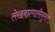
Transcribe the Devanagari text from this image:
लेखनप्रणालीनुसार